Civil Veterinary Dept. North-West Frontier Province 1933-46 - 1933-1946
Year: 1933
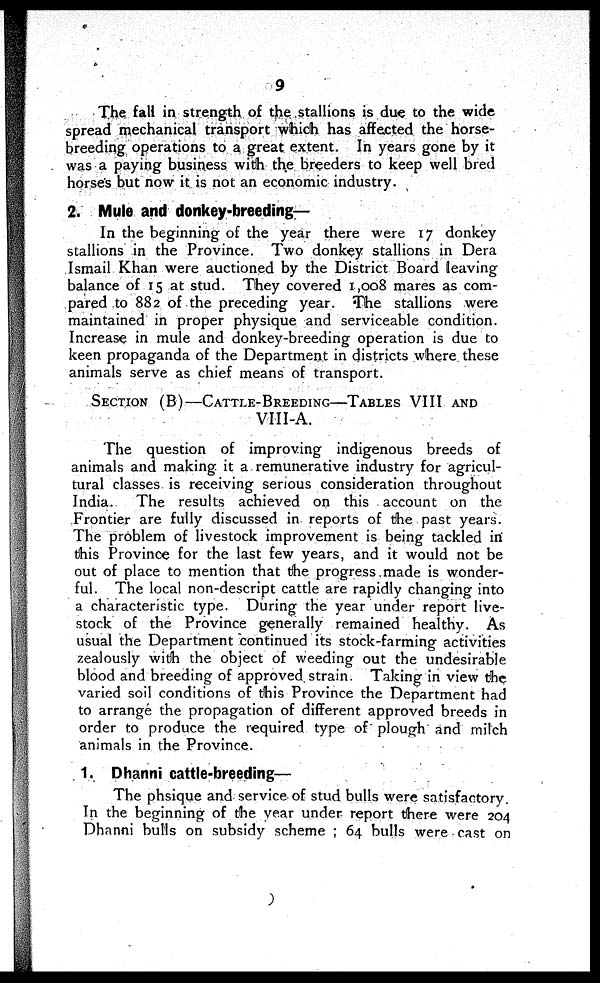
9
The fall in strength of the stallions is due to the wide
spread mechanical transport which has affected the horse-
breeding operations to a great extent. In years gone by it
was a paying business with the breeders to keep well bred
horses but now it is not an economic industry.
2. Mule and donkey-breeding—
In the beginning of the year there were 17 donkey
stallions in the Province. Two donkey stallions in Dera
Ismail Khan were auctioned by the District Board leaving
balance of 15 at stud. They covered 1,008 mares as com-
pared to 882 of the preceding year. The stallions were
maintained in proper physique and serviceable condition.
Increase in mule and donkey-breeding operation is due to
keen propaganda of the Department in districts where these
animals serve as chief means of transport.
SECTION (B)—CATTLE-BREEDING—TABLES VIII AND
VIII-A.
The question of improving indigenous breeds of
animals and making it a remunerative industry for agricul-
tural classes is receiving serious consideration throughout
India.
The results achieved on this account on the.
Frontier are fully discussed in reports of the past years.
The problem of livestock improvement is being tackled in
this Province for the last few years, and it. would not be
out of place to mention that the progress made is wonder-
ful. The local non-descript cattle are rapidly changing into
a characteristic type. During the year under report: live-
stock of the Province generally remained healthy. As
usual the Department continued its stock-farming activities
zealously with the object of weeding out the undesirable
blood and breeding of approved strain. Taking in view the
varied soil conditions of this Province the Department had
to arrange the propagation of different approved breeds in
order to produce the required type of plough and milch
animals in the Province.
1. Dhanni cattle-breeding—
The phsique and service of stud bulls were satisfactory.
In the beginning of the year under report there were 204
Dhanni bulls on subsidy scheme ; 64 bulls were cast on